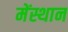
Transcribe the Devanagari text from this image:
मेंस्थान